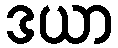
ဒယာ